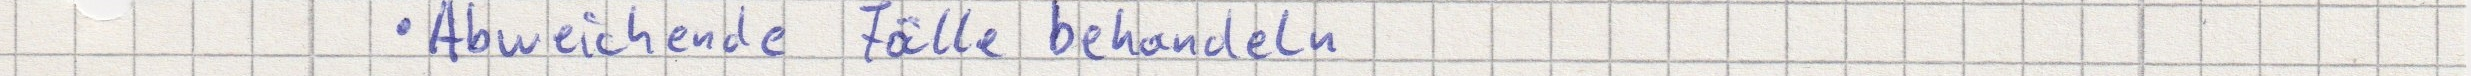
Abweichende Fälle behandeln